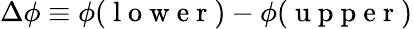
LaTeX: \Delta\phi\equiv\phi(\mathrm{~l~o~w~e~r~})-\phi(\mathrm{~u~p~p~e~r~})